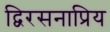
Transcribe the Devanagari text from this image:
द्विरसनाप्रिय